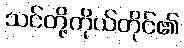
သင်တို့ကိုယ်တိုင်၏